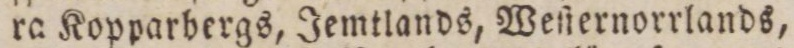
ra Kopparbergs, Jemtlands, Weſternorrlands,